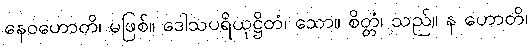
နေဝဟောတိ၊ မဖြစ်။ ဒေါသပရိယုဋ္ဌိတံ၊ သော။ စိတ္တံ၊ သည်။ န ဟောတိ၊